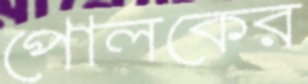
পোলকের